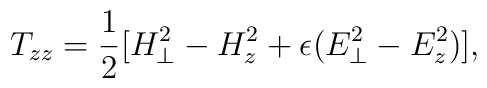
T_{zz}={1\over2}[H_\perp^2-H_z^2+\epsilon(E_\perp^2-E_z^2)],